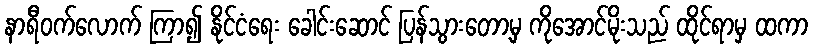
နာရီဝက်လောက် ကြာ၍ နိုင်ငံရေး ခေါင်းဆောင် ပြန်သွားတော့မှ ကိုအောင်မိုးသည် ထိုင်ရာမှ ထကာ